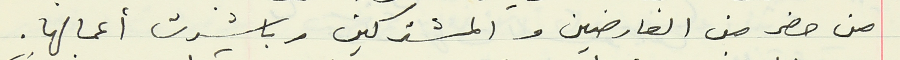
من حضر من العارضين والمشتركين وباشرت أعمالها.